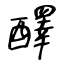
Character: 醳